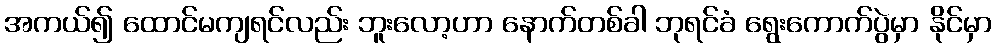
အကယ်၍ ထောင်မကျရင်လည်း ဘူးလော့ဟာ နောက်တစ်ခါ ဘုရင်ခံ ရွေးကောက်ပွဲမှာ နိုင်မှာ